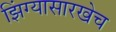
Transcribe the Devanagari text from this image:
झिंग्यासारखेच